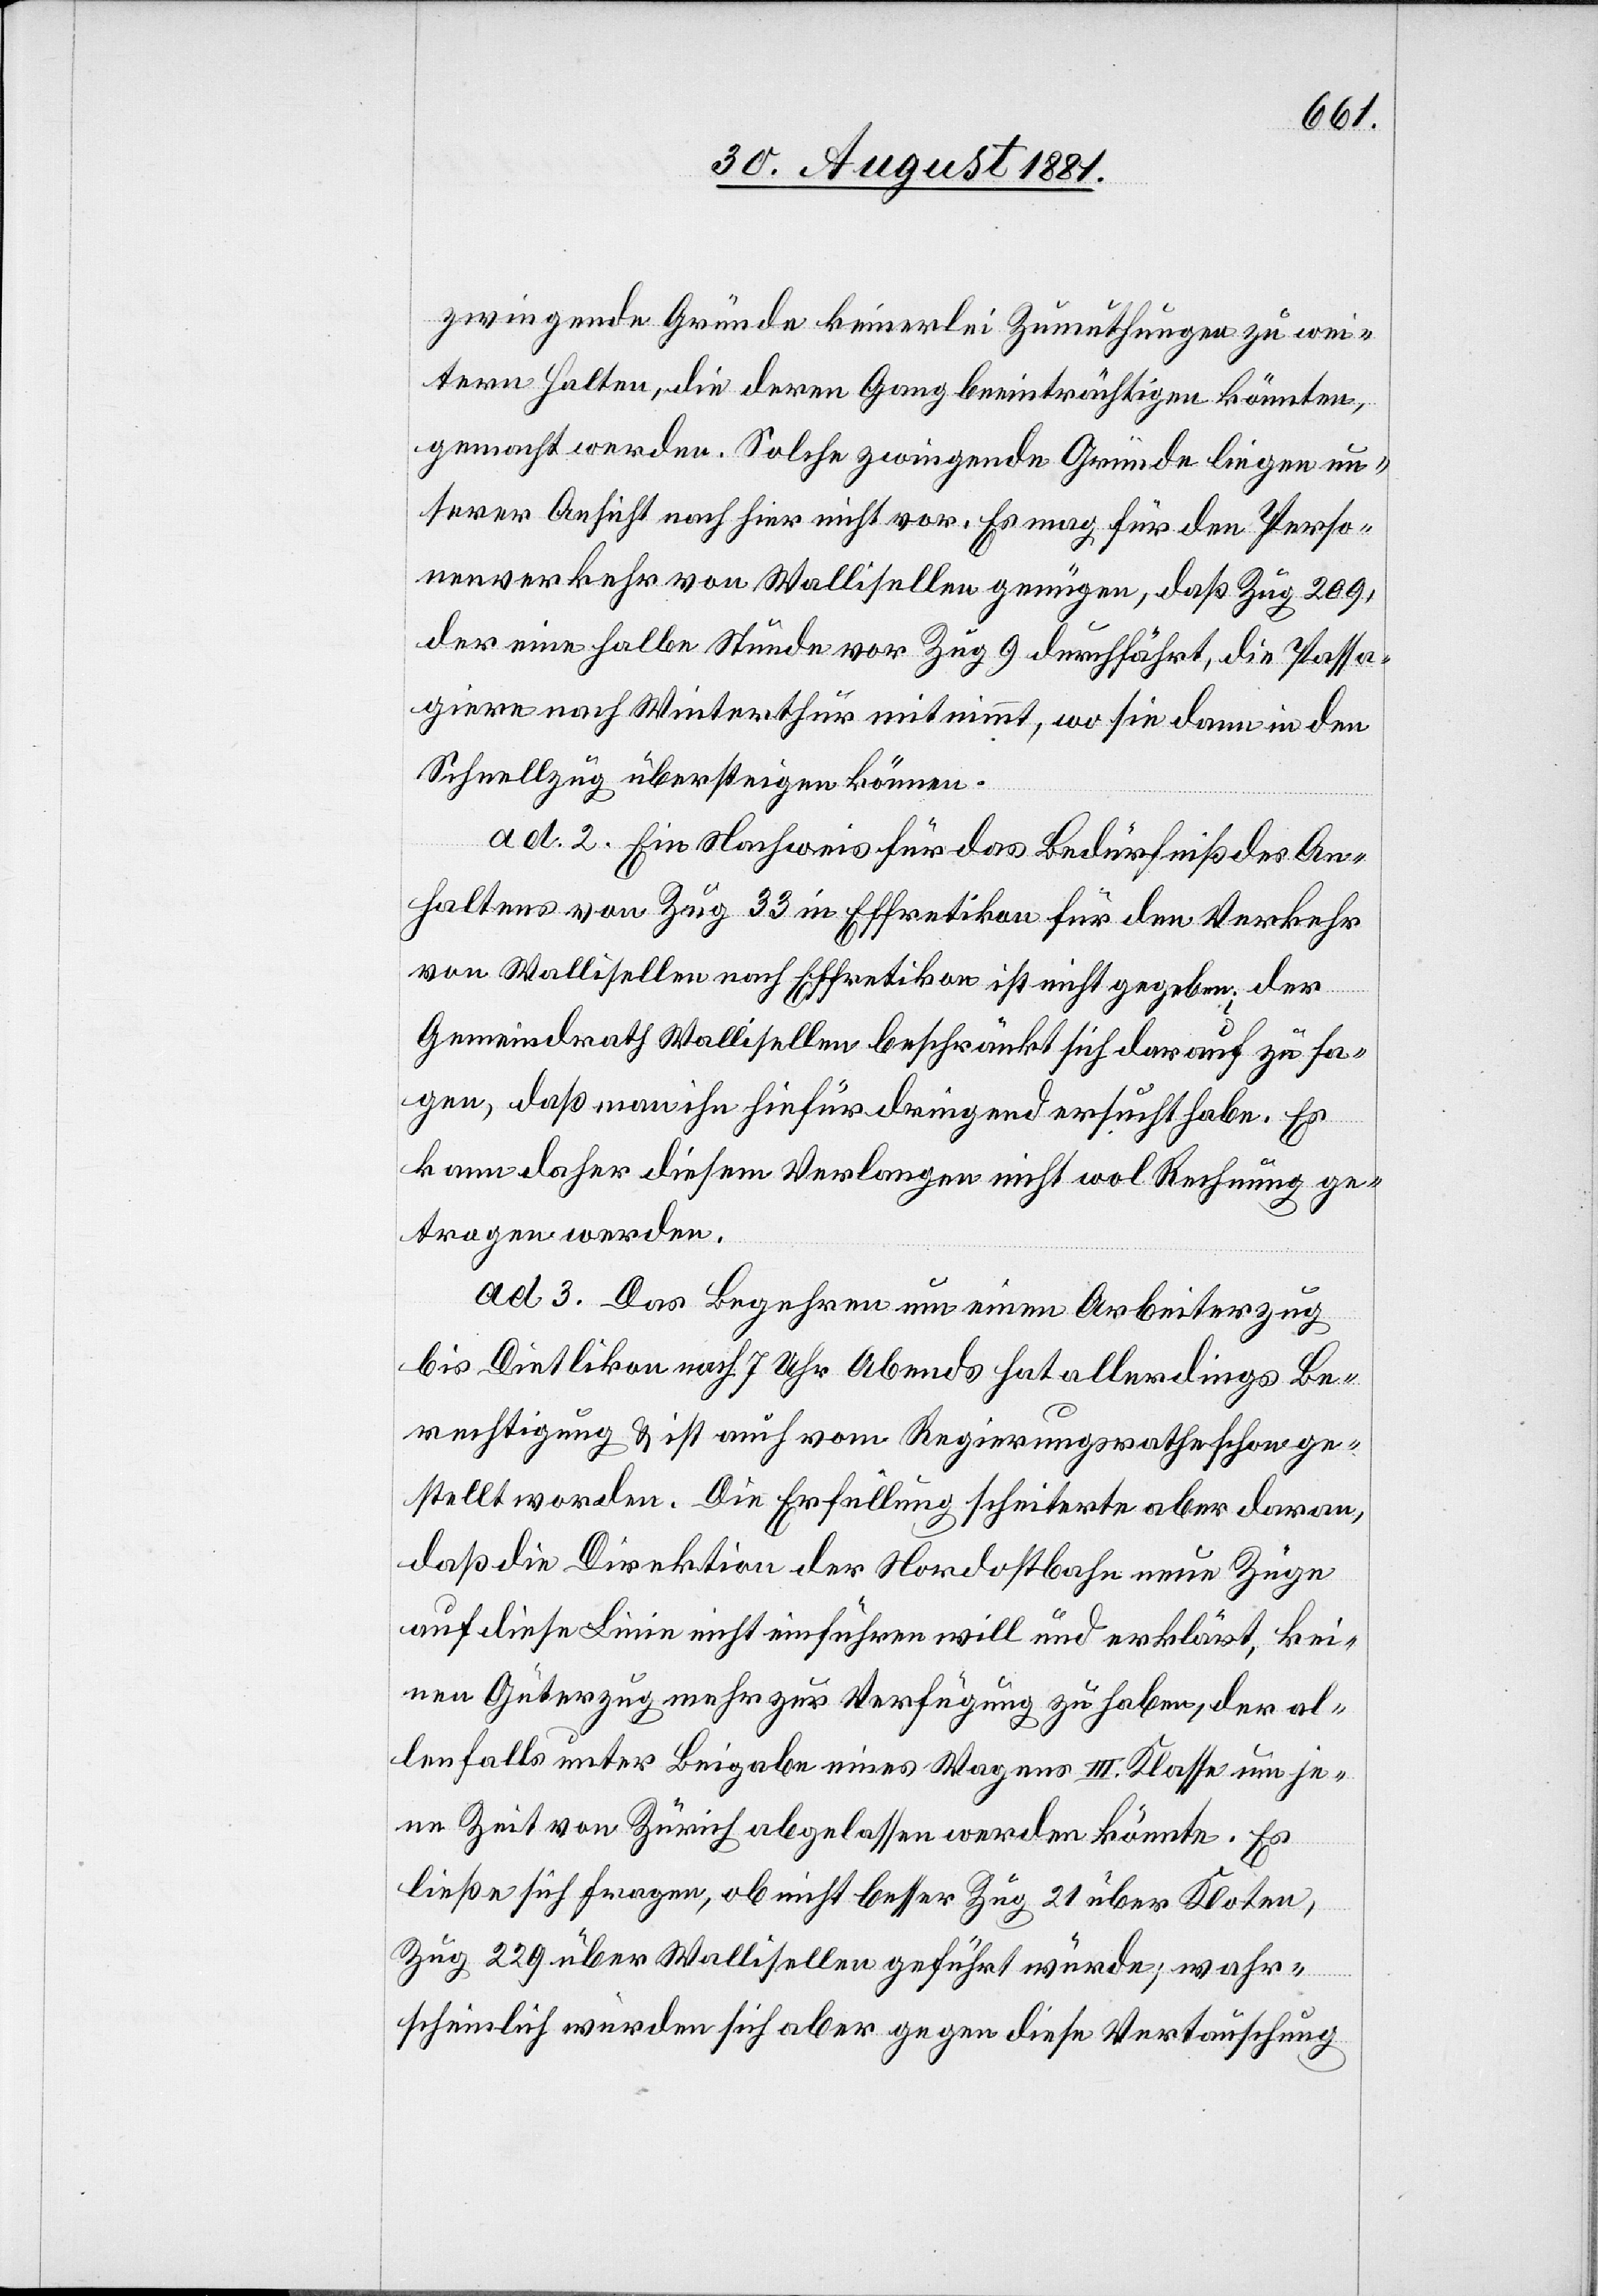
zwingende Gründe keinerlei Zumuthungen zu wei¬
tern Halten, die deren Gang beeinträchtigen könnten,
gemacht werden. Solche zwingenden Gründe liegen un¬
serer Ansicht nach hier nicht vor. Es mag für den Perso¬
nenverkehr von Wallisellen genügen, daß Zug 209,
der eine halbe Stunde vor Zug 9 durchfährt, die Passa¬
giere nach Winterthur mitnimmt, wo sie dann in den
Schnellzug übersteigen können.
ad. 2. Ein Nachweis für das Bedürfniß des An¬
haltens von Zug 33 in Effretikon ist nicht gegeben;
Gemeindrath Wallisellen beschränkt sich darauf zu sa¬
gen, daß man ihn hiefür dringend ersucht habe. Es
der
kann daher diesem Verlangen nicht wol Rechnung ge¬
tragen werden.
ad. 3. Das Begehren um einen Arbeiterzug
bis Dietlikon nach 7 Uhr Abends hat allerdings Be¬
rechtigung & ist auch vom Regierungsrathe schon ge¬
stellt worden. Die Erfüllung scheiterte aber daran,
daß die Direktion der Nordostbahn neue Züge
auf diese Linie nicht einführen will und erklärt, kei¬
nen Güterzug mehr zu Verfügung zu haben, der al¬
lenfalls unter Beigabe eines Wagens III. Klasse um je¬
ne Zeit von Zürich abgelassen werden könnte. Es
ließe sich fragen, ob nicht besser Zug 21 über Kloten,
Zug 229 über Wallisellen geführt würde; wahr¬
scheinlich würden sich aber gegen diese Vertauschung